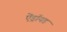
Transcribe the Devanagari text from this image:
ऐंड्रॉयड